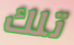
تلك